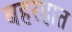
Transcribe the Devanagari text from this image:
बहरहात